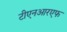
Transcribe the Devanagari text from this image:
टीएनआरएफ